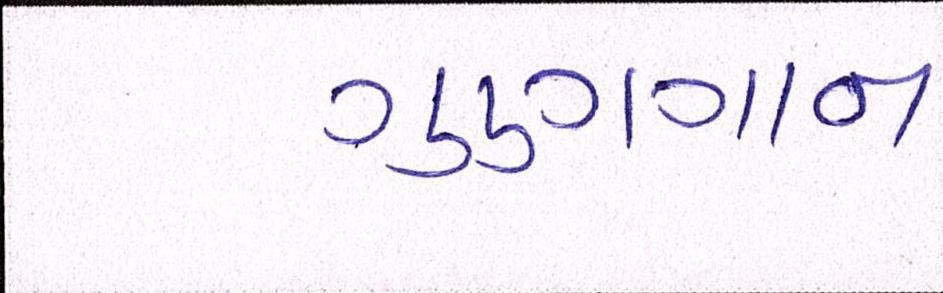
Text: ગુણગાન